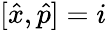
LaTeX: [\hat{x},\hat{p}]=i